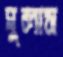
ঘুলাস